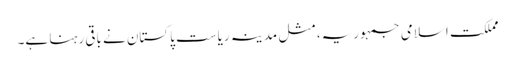
مملکت اسلامی جمہوریہ، مثل مدینہ ریاست پاکستان نے باقی رہنا ہے۔